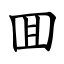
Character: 囬